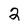
Character: 2